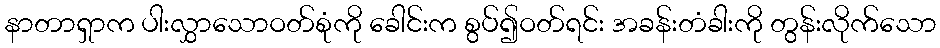
နာတာရှာက ပါးလွှာသောဝတ်စုံကို ခေါင်းက စွပ်၍ဝတ်ရင်း အခန်းတံခါးကို တွန်းလိုက်သော